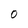
Character: O